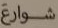
شوارع